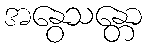
အနွေသန္တော